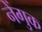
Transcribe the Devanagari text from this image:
नेंगुक